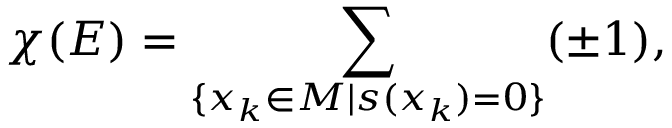
\chi ( E ) = \sum _ { \{ x _ { k } \in M \vert s ( x _ { k } ) = 0 \} } ( \pm 1 ) ,